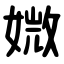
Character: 媺